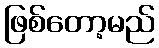
ဖြစ်တော့မည်